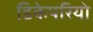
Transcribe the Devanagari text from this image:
डिकेपरियो